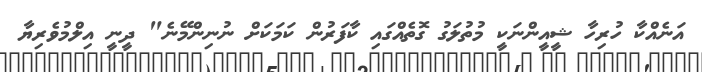
އަނެއްކާ ހުރިހާ ޝީއީންނަކީ މުތުލަގު ގޮތެއްގައި ކާފަރުން ކަމަކަށް ނުނިންމޭނެ" ދީނީ އިލްމުވެރިޔާ